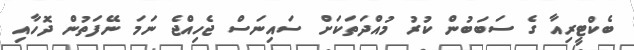
ބެކްޓީރިއާ ގެ ސަބަބުން ކުރު މުއްދަތަކަށް ސައިނަސް ޖެހިއްޖެ ނަމަ ނޭފަތުން ދޮހާއި